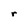
Character: r